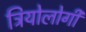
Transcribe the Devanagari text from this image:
त्रियोलोगी